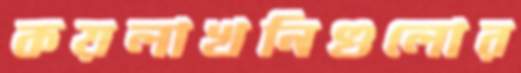
কয়লাখনিগুলোর